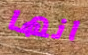
انها